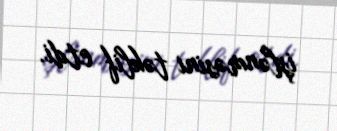
işlənməsini təklif etdi.